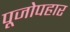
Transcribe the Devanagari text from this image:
पूजोपहार